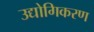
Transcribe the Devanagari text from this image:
उद्योगिकरण